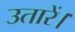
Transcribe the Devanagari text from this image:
उतारें।